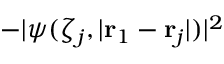
- | \psi ( \zeta _ { j } , | \mathbf { r } _ { 1 } - \mathbf { r } _ { j } | ) | ^ { 2 }